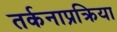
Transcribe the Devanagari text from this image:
तर्कनाप्रक्रिया